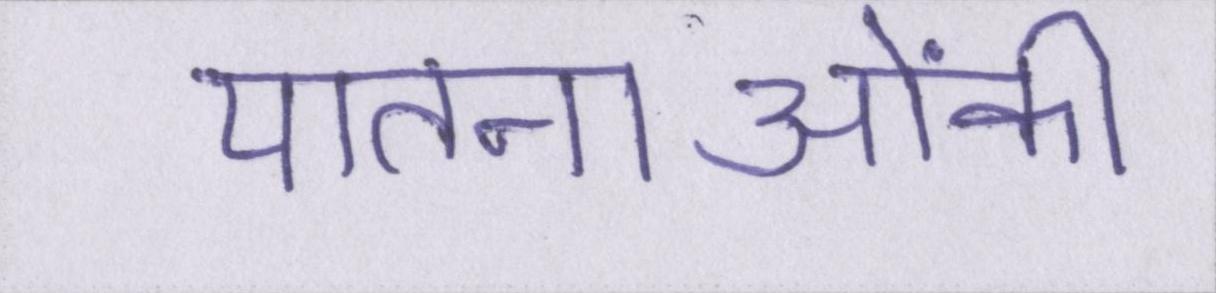
यातनाओंकी